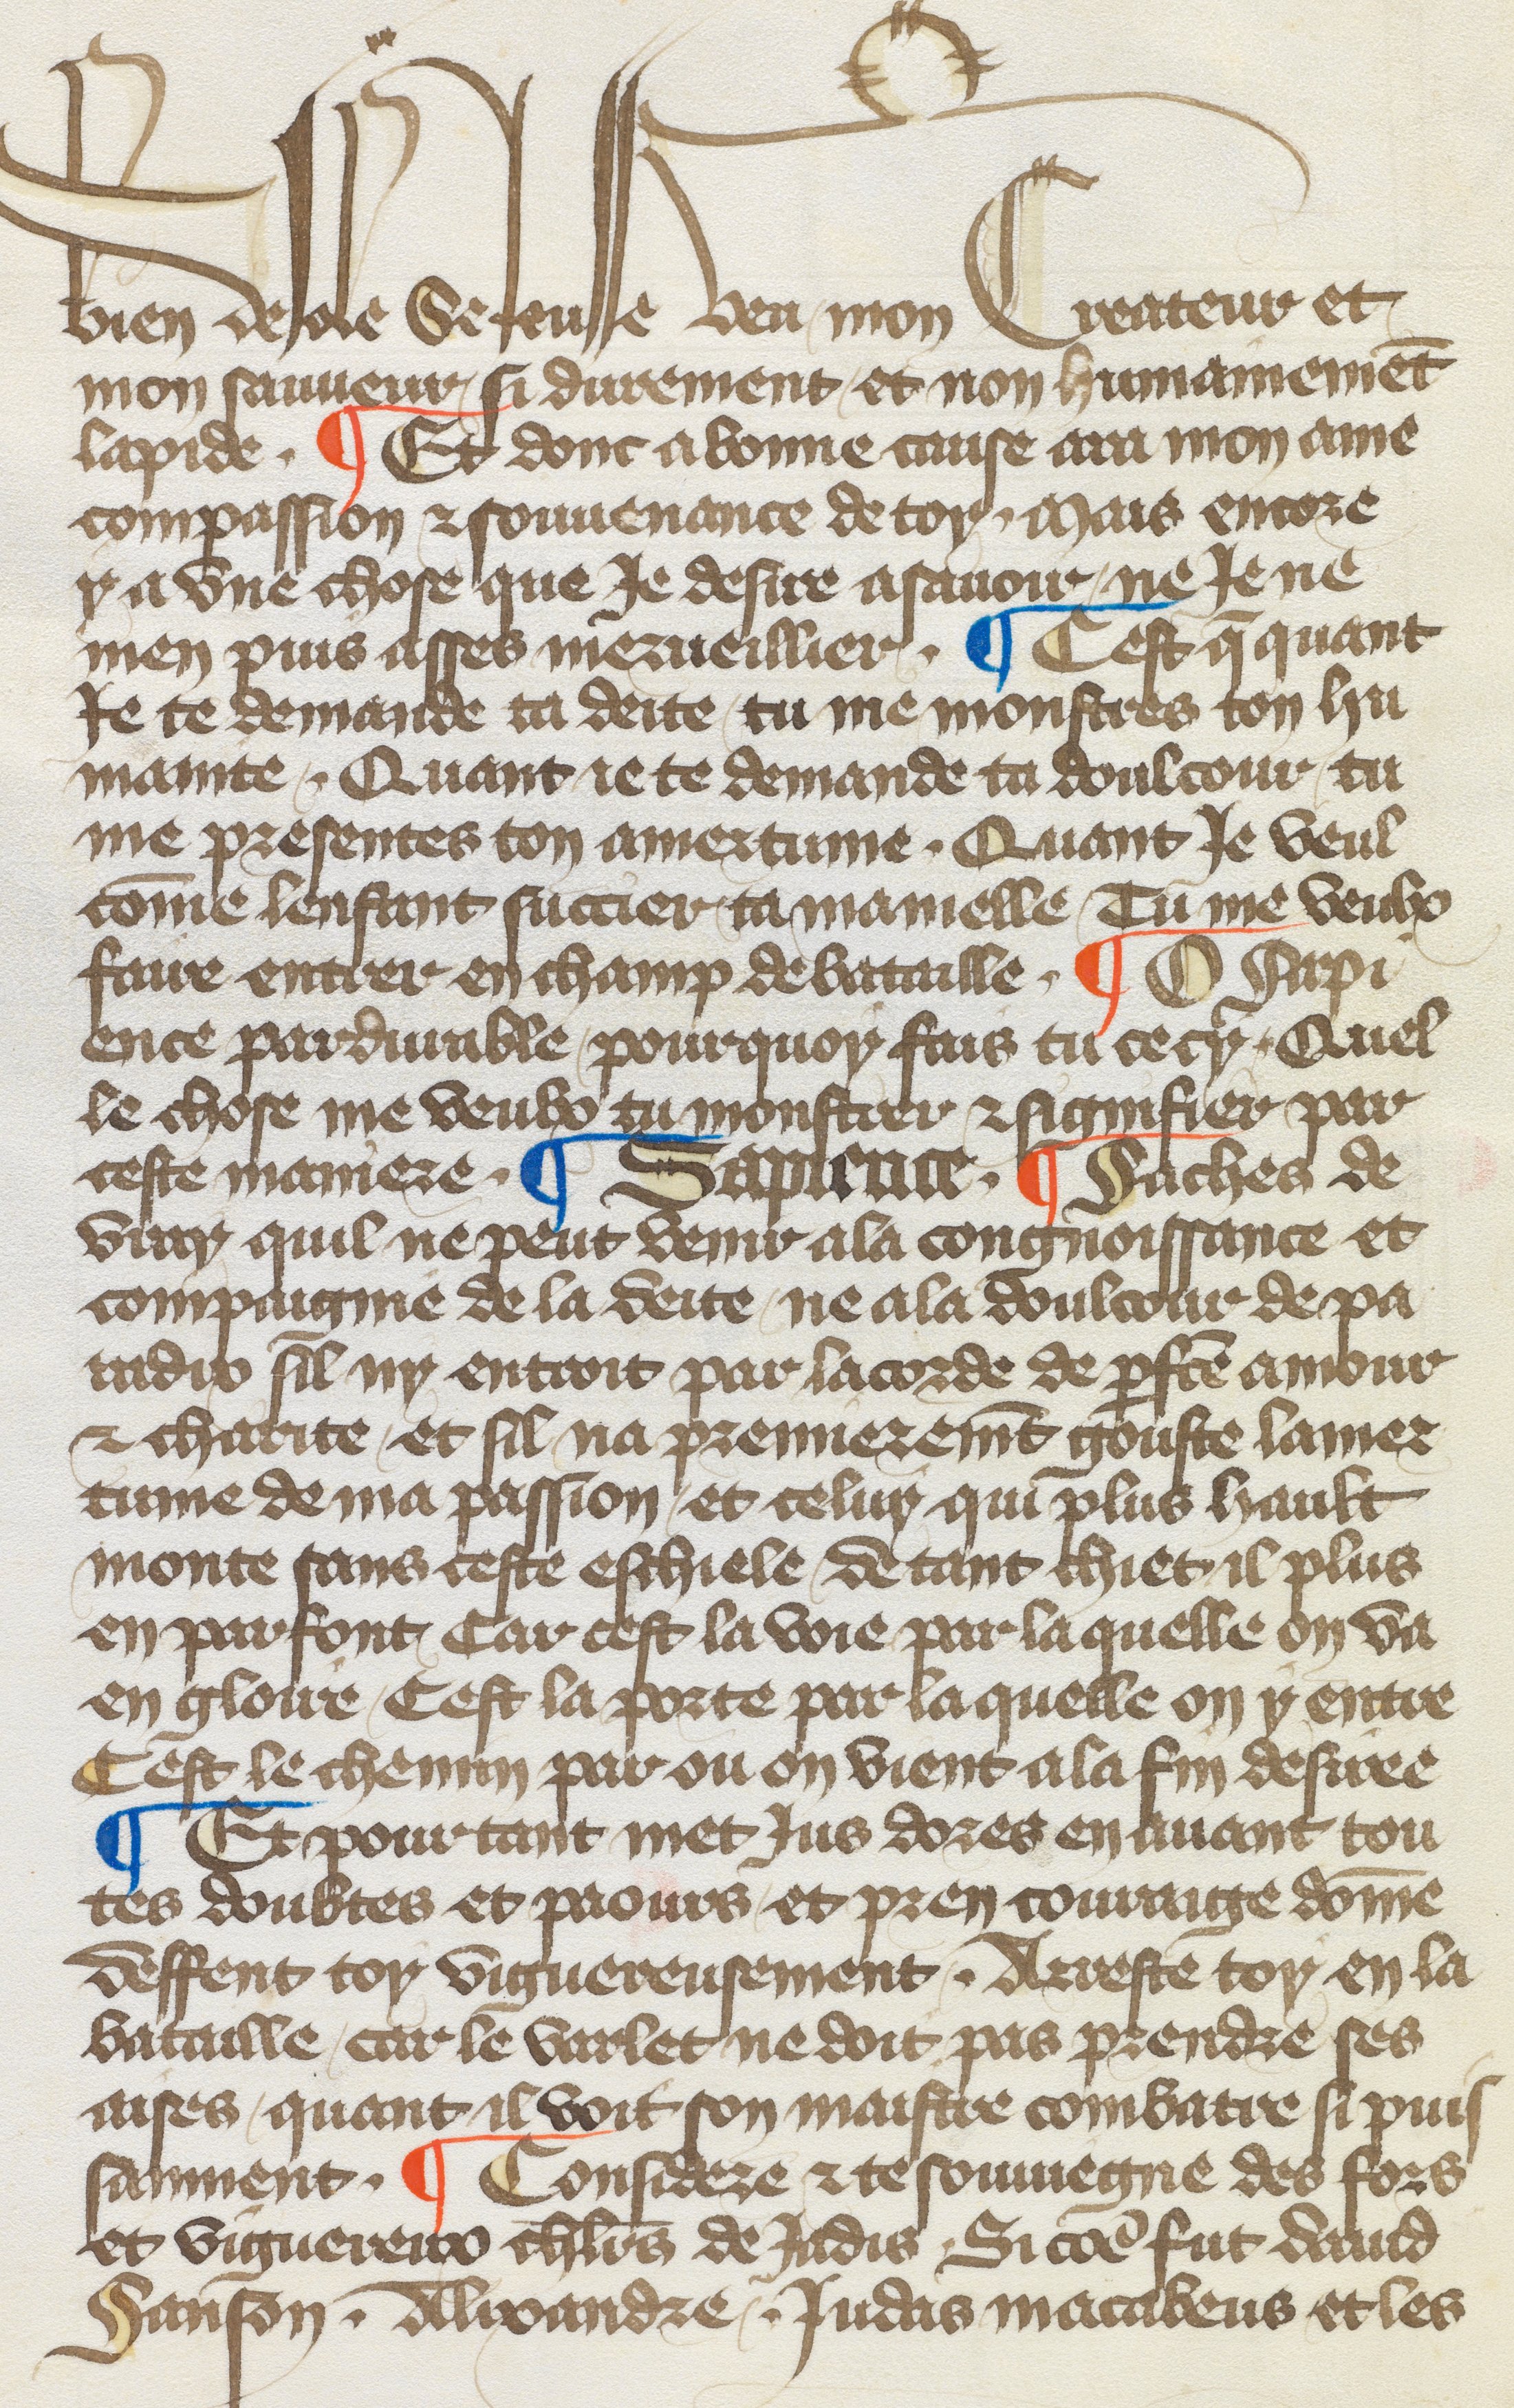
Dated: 1417–1417